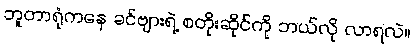
ဘူတာရုံကနေ ခင်ဗျားရဲ့ စတိုးဆိုင်ကို ဘယ်လို လာရလဲ။